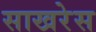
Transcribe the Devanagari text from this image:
साखरेस